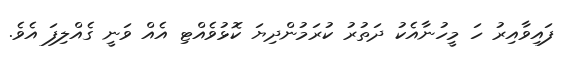
ފައިވާއިރު ހަ މީހުނާއެކު ދަތުރު ކުރަމުންދިޔަ ކޮޅުވެއްޓި އެއް ވަނީ ގެއްލިފަ އެވެ.